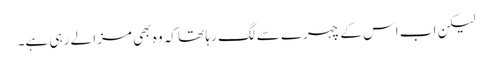
لیکن اب اس کے چہرے سے لگ رہا تھا کہ وہ بھی مزا لے رہی ہے۔